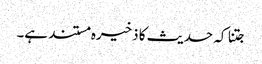
جتنا کہ حدیث کا ذخیرہ مستند ہے۔